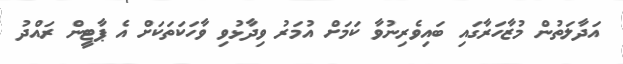
އަދާލަތުން މުޒާހަރާގައި ބައިވެރިނުވާ ކަމަށް އުމަރު ވިދާޅުވި ވާހަކަތަކަށް އެ ޕާޓީން ރައްދު